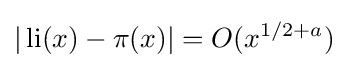
|\operatorname {li} (x)-\pi (x)|=O(x^{1/2+a})